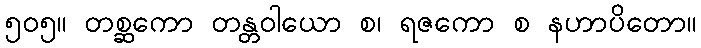
၅၀၅။ တစ္ဆကော တန္တဝါယော စ၊ ရဇကော စ နဟာပိတော။